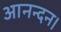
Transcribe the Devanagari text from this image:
आनन्दन।